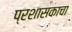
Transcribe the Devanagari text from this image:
प्रशासकाचा